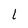
Character: l